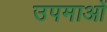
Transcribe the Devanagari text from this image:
उपमाआें